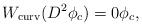
LaTeX: \begin{align*}W_{\rm curv}(D^2 \phi_c)=0 \phi_c,\end{align*}